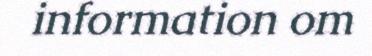
information om